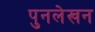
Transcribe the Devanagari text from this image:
पुनलेखन